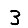
Digit: 3